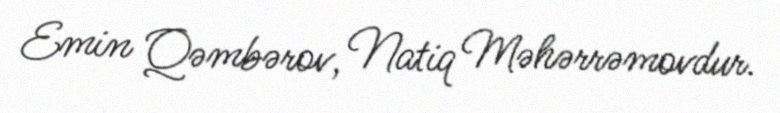
Emin Qəmbərov, Natiq Məhərrəmovdur.